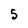
Character: 5